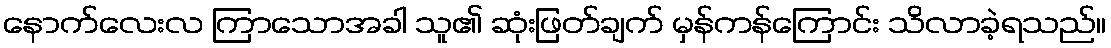
နောက်လေးလ ကြာသောအခါ သူ၏ ဆုံးဖြတ်ချက် မှန်ကန်ကြောင်း သိလာခဲ့ရသည်။